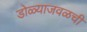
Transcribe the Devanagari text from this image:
डोळ्याजवळची